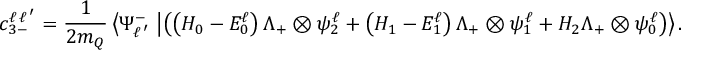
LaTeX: c _ { 3 - } ^ { \ell \, { \ell \, ^ { \prime } } } = { \frac { 1 } { 2 m _ { Q } } } \left< { \Psi _ { \ell \, ^ { \prime } } ^ { - } } \right. \left| \left( \left( H _ { 0 } - E _ { 0 } ^ { \ell } \right) \Lambda _ { + } \otimes \psi _ { 2 } ^ { \ell } + \left( H _ { 1 } - E _ { 1 } ^ { \ell } \right) \Lambda _ { + } \otimes \psi _ { 1 } ^ { \ell } + H _ { 2 } \Lambda _ { + } \otimes \psi _ { 0 } ^ { \ell } \right) \right> .